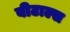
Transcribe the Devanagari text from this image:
बीटाल्स